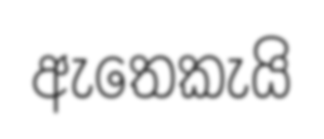
ඇතෙකැයි